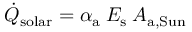
\dot { Q } _ { \mathrm { s o l a r } } = \alpha _ { \mathrm { a } } \: E _ { \mathrm { s } } \: A _ { \mathrm { a , S u n } }